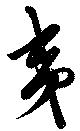
夷